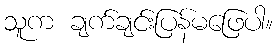
သူက ချက်ချင်းပြန်မဖြေပါ။